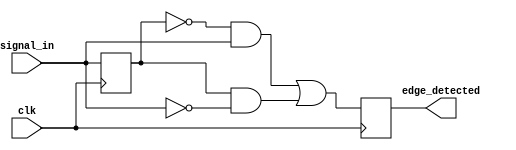
module edge_detector (
    input wire clk,            // Clock signal
    input wire signal_in,      // Input signal
    output reg edge_detected   // Output signal indicating edge detection
);

    reg previous_state;        // Memory element to store the previous state of signal_in

    always @(posedge clk) begin
        // Edge detection logic
        edge_detected <= (previous_state == 0 && signal_in == 1) || (previous_state == 1 && signal_in == 0);
        
        // Update the previous state
        previous_state <= signal_in;
    end

endmodule